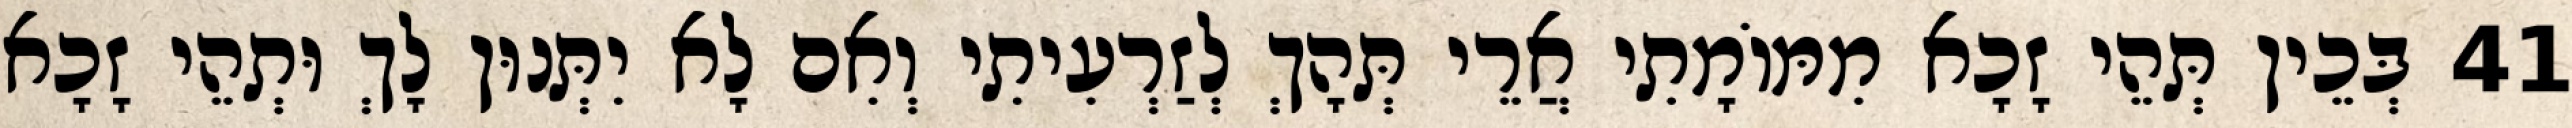
41 בְּכֵין תְּהֵי זָכָא מִמּוֹמָתִי אֲרֵי תְּהָךְ לְזַרְעִיתִי וְאִם לָא יִתְּנוּן לָךְ וּתְהֵי זָכָא